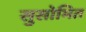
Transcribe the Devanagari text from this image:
सुसोभित